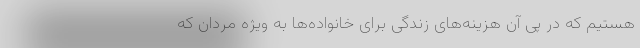
هستیم که در پی آن هزینه‌های زندگی برای خانواده‌ها به ویژه مردان که